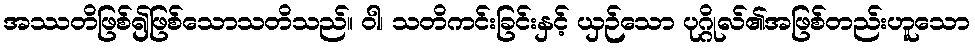
အဿတိဖြစ်၍ဖြစ်သောသတိသည်။ ဝါ၊ သတိကင်းခြင်းနှင့် ယှဉ်သော ပုဂ္ဂိုလ်၏အဖြစ်တည်းဟူသော